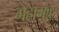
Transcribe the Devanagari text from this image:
महामुळ